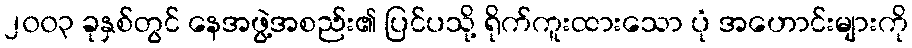
၂၀၀၃ ခုနှစ်တွင် နေအဖွဲ့အစည်း၏ ပြင်ပသို့ ရိုက်ကူးထားသော ပုံ အဟောင်းများကို